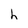
Character: h